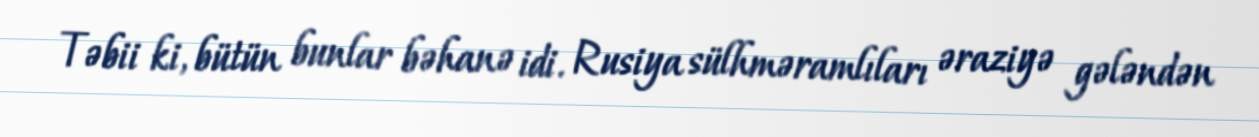
Təbii ki, bütün bunlar bəhanə idi. Rusiya sülhməramlıları əraziyə gələndən